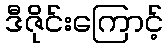
ဒီဇိုင်းကြောင့်